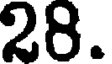
28.